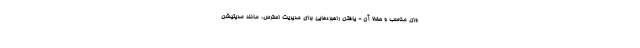
وزن مناسب و حفظ آن - یافتن راهبردهایی برای مدیریت استرس، مانند مدیتیشن